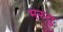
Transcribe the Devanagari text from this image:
मस्तु